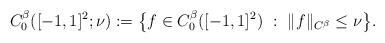
LaTeX: \begin{align*}C_0^\beta([-1,1]^2;\nu):=\big\{ f\in C_0^\beta([-1,1]^2) ~:~ \|f\|_{C^\beta}\le\nu \big\}.\end{align*}